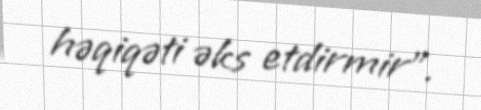
həqiqəti əks etdirmir”.